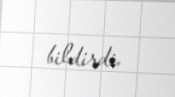
bildirdi.